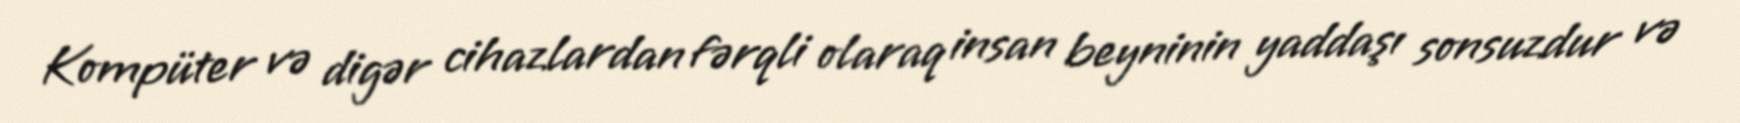
Kompüter və digər cihazlardan fərqli olaraq insan beyninin yaddaşı sonsuzdur və